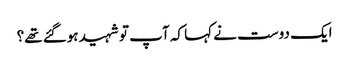
ایک دوست نے کہا کہ آپ تو شہید ہوگئے تھے؟